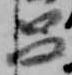
呂